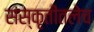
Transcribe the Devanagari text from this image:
संस्कृतीतलेच